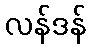
လန်ဒန်